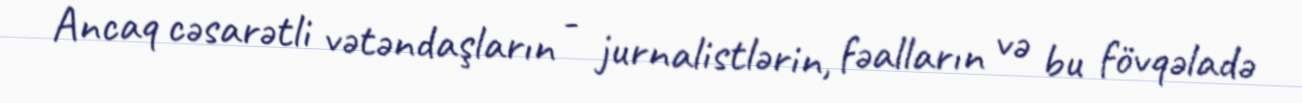
Ancaq cəsarətli vətəndaşların - jurnalistlərin, fəalların və bu fövqəladə